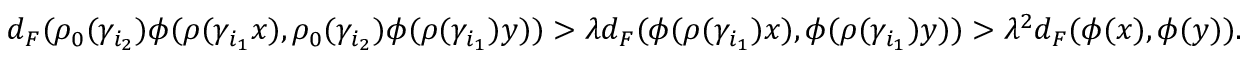
\begin{array} { r } { d _ { F } ( \rho _ { 0 } ( \gamma _ { i _ { 2 } } ) \phi ( \rho ( \gamma _ { i _ { 1 } } x ) , \rho _ { 0 } ( \gamma _ { i _ { 2 } } ) \phi ( \rho ( \gamma _ { i _ { 1 } } ) y ) ) > \lambda d _ { F } ( \phi ( \rho ( \gamma _ { i _ { 1 } } ) x ) , \phi ( \rho ( \gamma _ { i _ { 1 } } ) y ) ) > \lambda ^ { 2 } d _ { F } ( \phi ( x ) , \phi ( y ) ) . } \end{array}